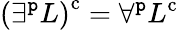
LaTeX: \left(\exists^{\mathtt{p}}L\right)^{\mathrm{{{c}}}}=\forall^{\mathtt{p}}L^{\mathrm{{{c}}}}